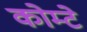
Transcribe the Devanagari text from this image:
कोम्टे